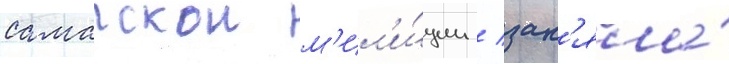
самарскои м'ил'и́ции / зан'яла́